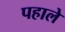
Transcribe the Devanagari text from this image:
पहाले